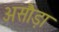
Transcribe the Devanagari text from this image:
असौड़ा